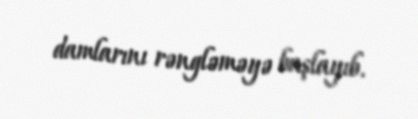
damlarını rəngləməyə başlayıb.